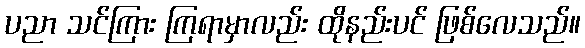
ပညာ သင်ကြား ကြရာမှာလည်း ထိုနည်းပင် ဖြစ်လေသည်။